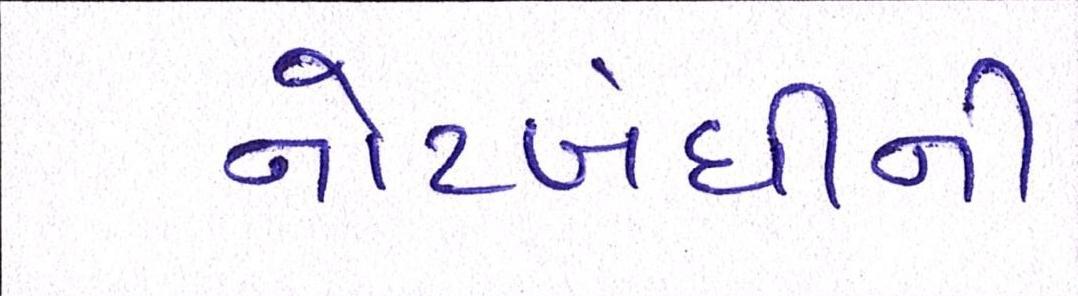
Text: નોટબંધીની